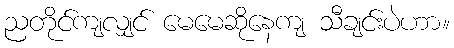
ညတိုင်ကျလျှင် မေမေဆိုနေကျ သီချင်းပဲဟာ။